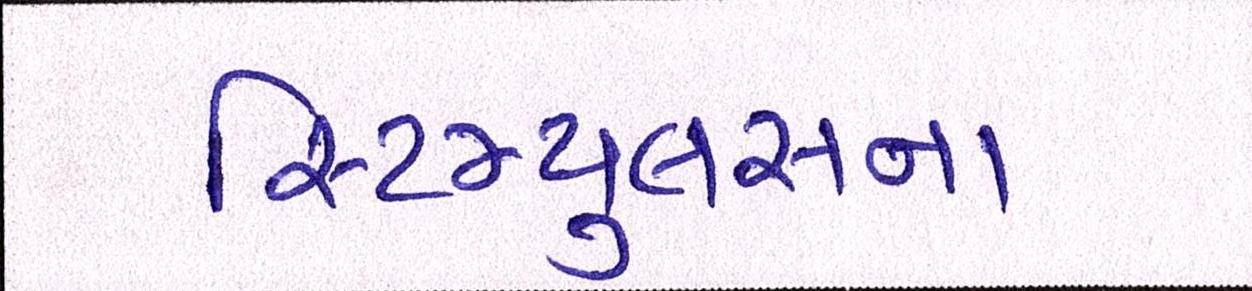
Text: સ્ટિમ્યુલસના